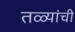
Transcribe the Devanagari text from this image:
तळ्यांची